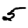
Digit: 5